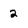
Character: 2